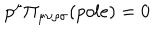
LaTeX: p ^ { \mu } \Pi _ { \mu \nu \rho \sigma } ( p o l e ) = 0